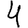
Digit: 4